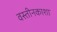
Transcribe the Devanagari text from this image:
वस्तीनकाशा